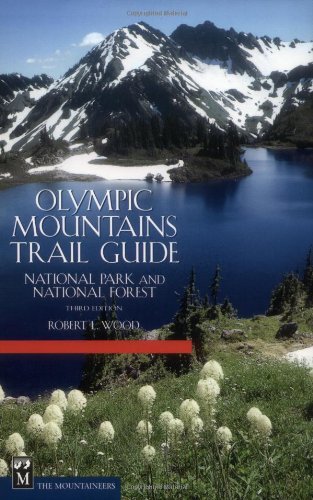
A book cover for Olympic Mountains Trail Guide: National Park & National Forest 3rd Edition; Robert L. Wood; Travel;